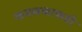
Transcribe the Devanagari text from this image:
कमळकाकडी